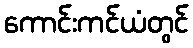
ကောင်းကင်ယံတွင်